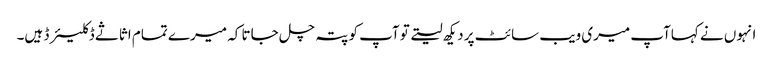
انہوں نے کہاآپ میری ویب سائٹ پر دیکھ لیتے تو آپ کو پتہ چل جاتا کہ میرے تمام اثاثے ڈکلیئرڈ ہیں۔